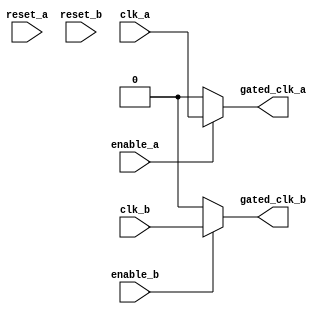
module clk_gating (
    input wire clk_a,             // Clock domain A
    input wire clk_b,             // Clock domain B
    input wire enable_a,          // Control signal for memory block A
    input wire enable_b,          // Control signal for memory block B
    input wire reset_a,           // Asynchronous reset for memory block A
    input wire reset_b,           // Asynchronous reset for memory block B
    output wire gated_clk_a,      // Gated clock output for memory block A
    output wire gated_clk_b       // Gated clock output for memory block B
);

    // Gating Logic for memory block A
    assign gated_clk_a = enable_a ? clk_a : 1'b0; // Enable clock A if 'enable_a' is high

    // Gating Logic for memory block B
    assign gated_clk_b = enable_b ? clk_b : 1'b0; // Enable clock B if 'enable_b' is high

endmodule